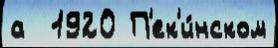
а  1920 П'ек'и́нском